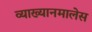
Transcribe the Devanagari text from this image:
व्याख्यानमालेस